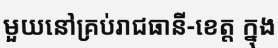
មួយនៅគ្រប់រាជធានី-ខេត្ត ក្នុង